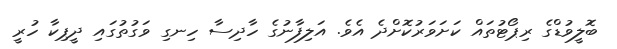
ބޮލީވުޑްގެ ރިޕޯޓުތައް ކަށަވަރުކޮށްދެ އެވެ. އަލިފާނުގެ ހާދިސާ ހިނގި ވަގުތުގައި ދީޕިކާ ހުރީ